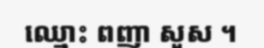
ឈ្មោះ ពញា សួស ។